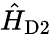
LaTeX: \hat{H}_{\mathrm{D2}}